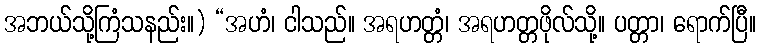
အဘယ်သို့ကြံသနည်း။) “အဟံ၊ ငါသည်။ အရဟတ္တံ၊ အရဟတ္တဖိုလ်သို့။ ပတ္တာ၊ ရောက်ပြီ။